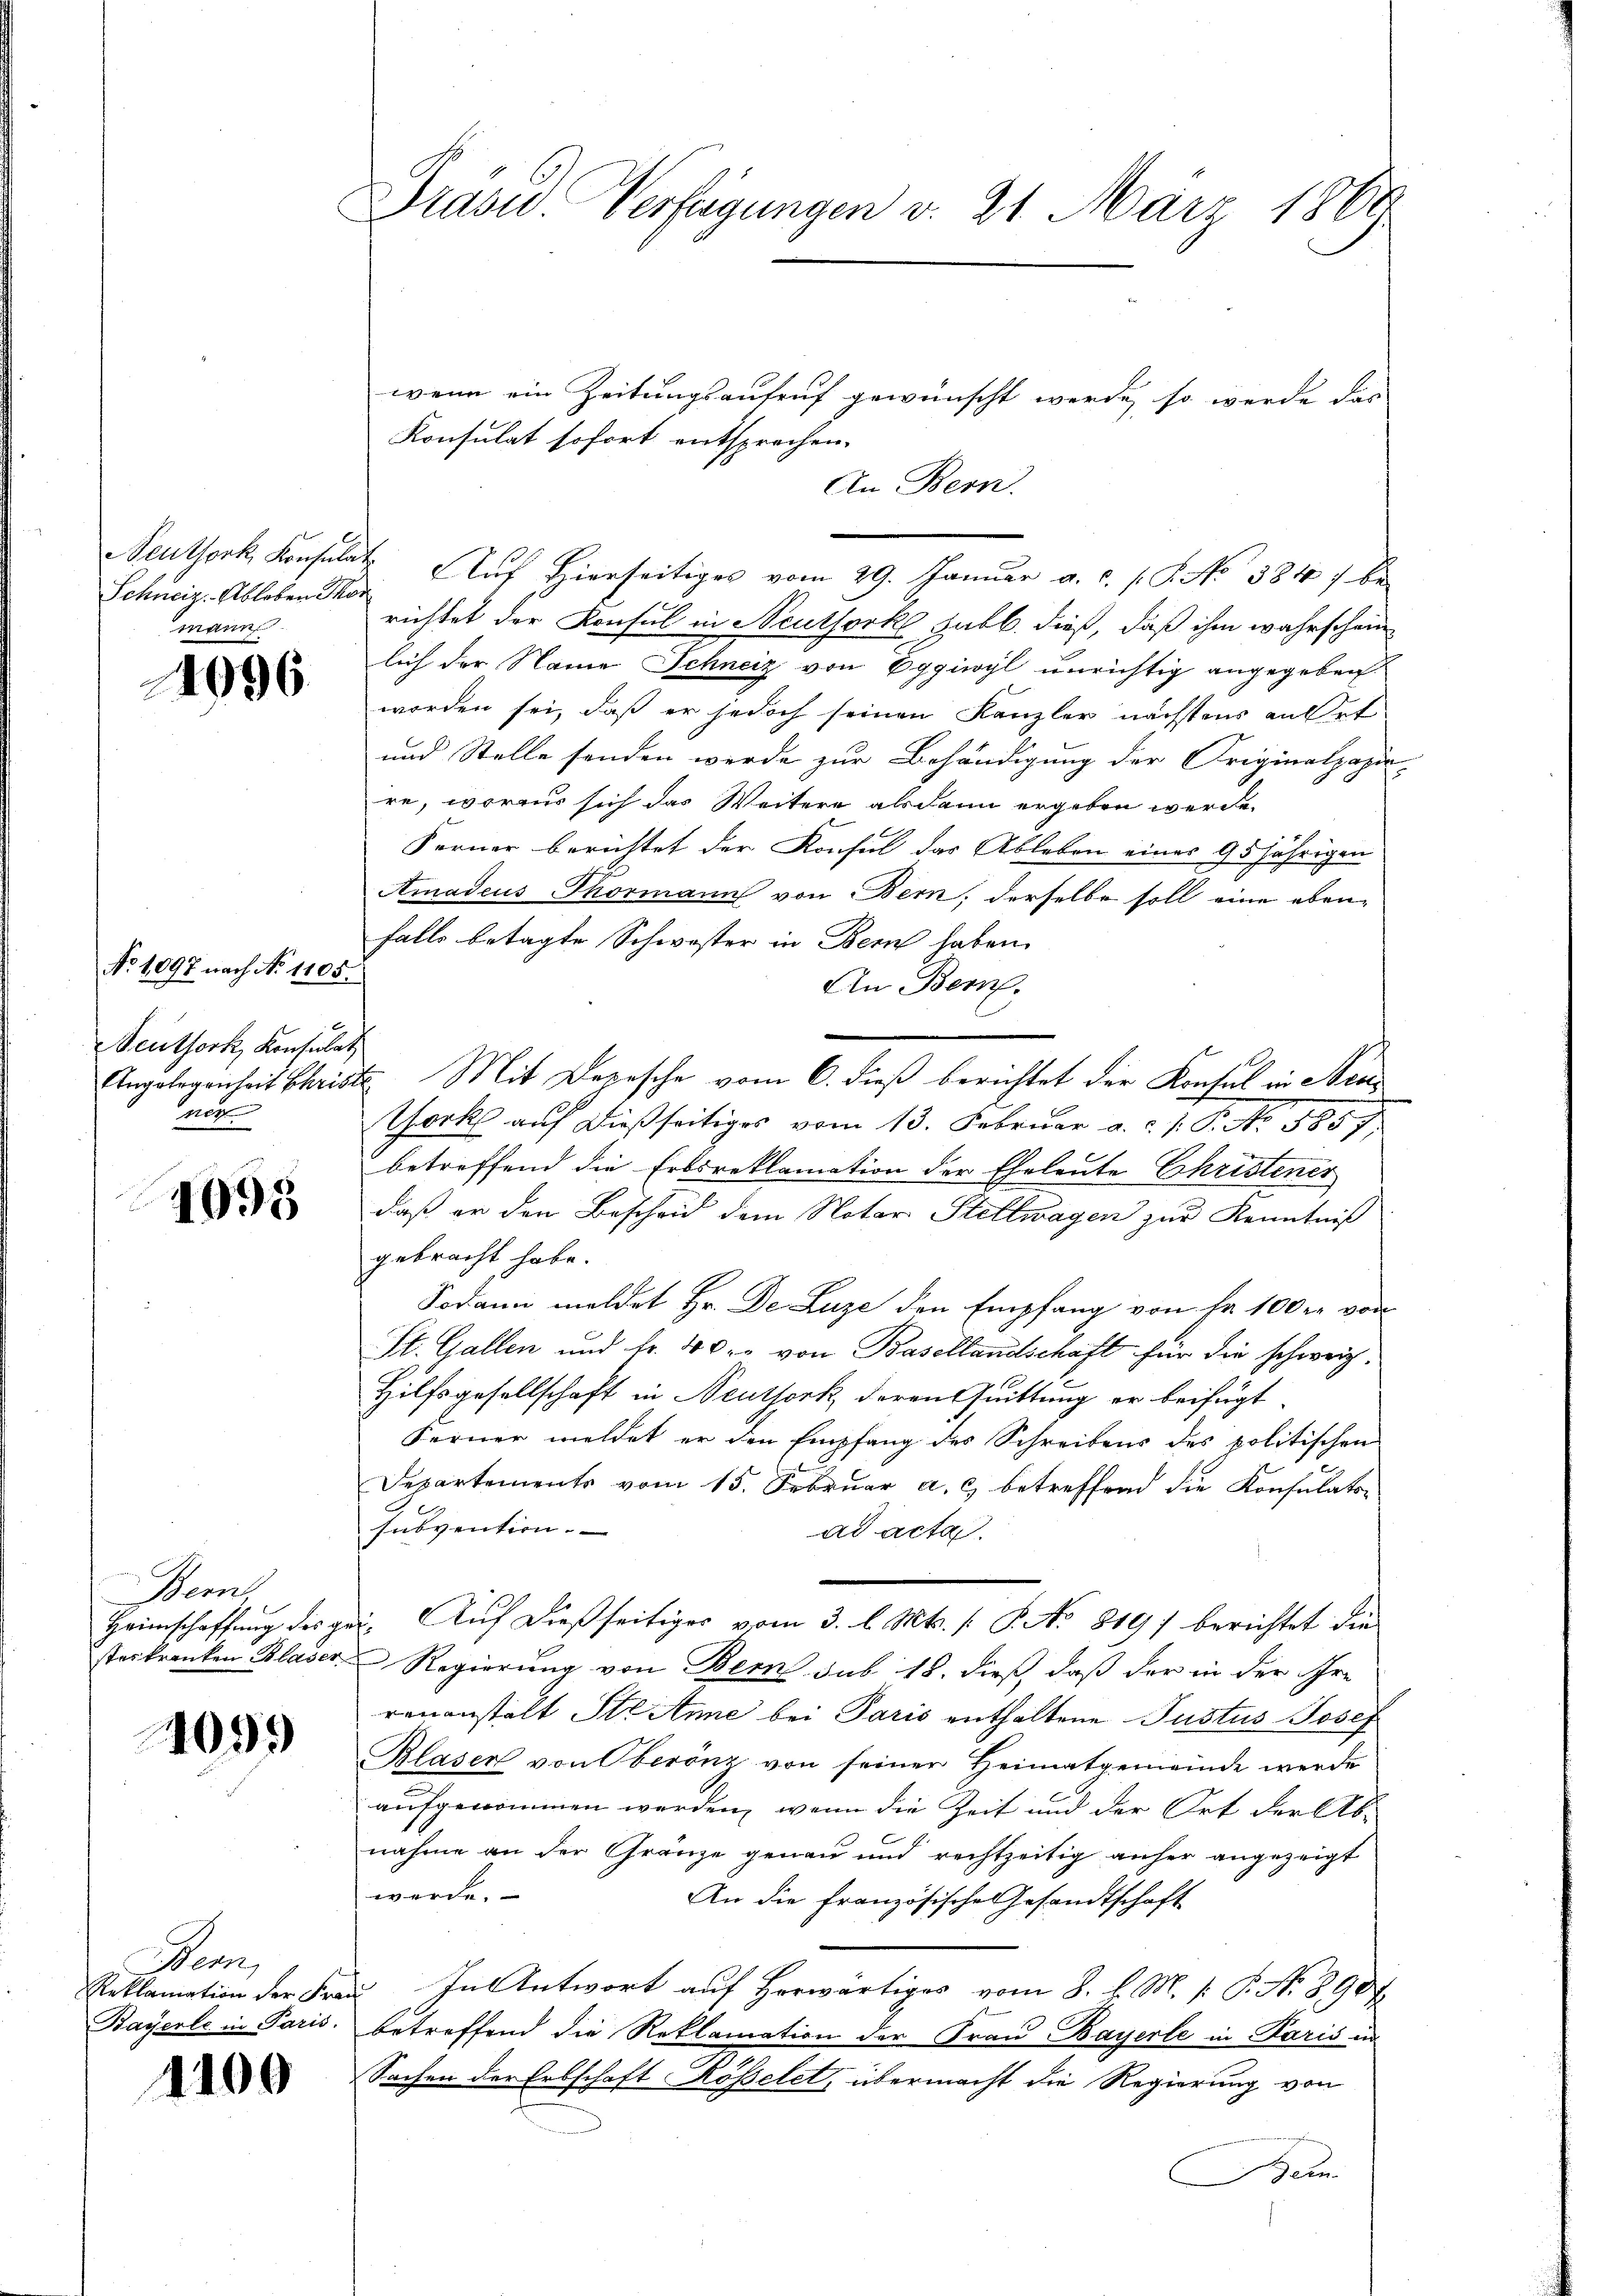
Neuthork, Konsula
Schweiz. Ableben Thor
mann

1096.

No 1097 nach No 1105.
Seuthork, Konsulat
ner

4095

emn
Heimschaffung des ge
steskranken Blaser

1099

Bem,
Reklamation der Fra¬
Bayerte in Paris.

4100

Drasw. Verfügungen v. 21. März 1868

wenn ein Zeitungsaufruf gewünscht werde, so werde das
Konsulat sofort entsprochen.
An Bern.
t. Auf Hierseitiges vom 29. Januar a. c. s. S. No 5847 be
richtet der Konsul in Neuthork Sabb. dieß, daß ihm wahrscheinlich der Name Schneiz von Eggiwyl unrichtig angegeben.
worden sei, daß er jedoch seinen Kanzler nächstens an Ort
und Stelle senden werde zur Behändigung der Originalpapie
re, woraus sich das Weitere alsdann ergeben werde.
Ferner berichtet der Konsul das Ableben eines 95 jährigen
Amadeus Thormann von Bern, derselbe soll eine eben-
falls betagte Schwister in Bern haben.
An Bern.
Angelegenheit Christe Mit Deposche vom 6. dieß berichtet der Konsul in Nea¬
Tork auf dießseitiges vom 13. Februar a. d. J. P. No. 1857
betreffend die Erbsreklamation der Eheleute Christenes
daß er den Bescheid dem Notar Stellwagen zur Kenntniß
gebracht habe.
Sodann meldet Hr. De Luze den Empfang von Fr. 100 er vor
St. Gallen und fr. 4 der von Basellandschaft für die schweiz.
Hilfsgesellschaft in Neuthork, deren Quittung er beifügt
Ferner meldet er den Empfang des Schreibens des politischen
Departements vom 15. Februar a. c. betreffend die Konsulator
subvention.
ad acta.
. Auf dießseitiges vom 3. l. Mts. s. S. No 819) berichtet die
Regierung von Bern sub 18. dieß, daß der in der Ihre
renanstalt Stranne bei Paris enthaltene Justus Josef
Blaser von Oberönz von seiner Heimatgemeinde werde
aufgenommen werden, wenn die Zeit und der Ort der Abnahme an der Gränze genau und rechtzeitig anher angezeigt
werde.
An die Französische Gesandtschaft
 In Antwort auf Herwärtiges vom 8. d. M. /: P. Nr. 890
betreffend die Reklamation der Frau Bayerle in Paris in
Sachen der Erbschaft Rosselet, übermacht die Regierung von
ein